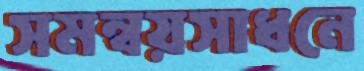
সমন্বয়সাধনে